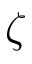
\zeta